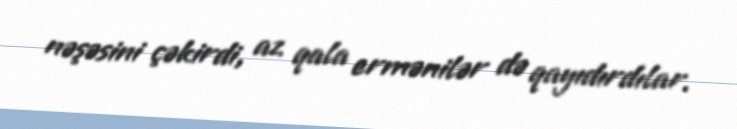
nəşəsini çəkirdi, az qala ermənilər də qayıdırdılar.